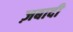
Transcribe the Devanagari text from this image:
ज़बादी